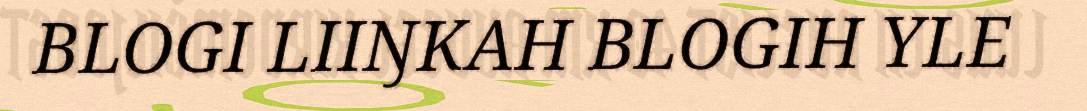
BLOGI LIIŊKAH BLOGIH YLE